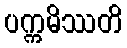
ပက္ကမိဿတိ